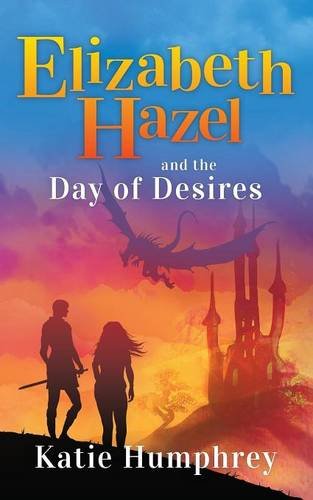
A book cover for Elizabeth Hazel and the Day of Desires; Katie Humphrey; Science Fiction & Fantasy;